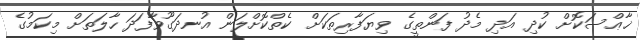
ޚާޢްސަކޮށް ކުދި އަދި މެދު ފަންތީގެ ވިޔަފާރިތަކަށް ކެތްކޮށްލަން އުނދަގޫވާފަދަ ހާލަތަށް މިކަމުގެ